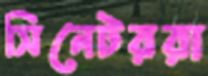
সিনেটররা